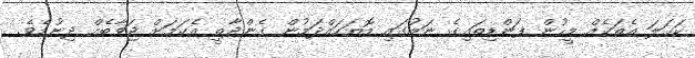
ކަހަލަ އެތަކެއް މީހުން ފަންޑިތައިގެ ނަމުގައި މޮޔަހައްދަމުން ގެންދާތީ އެކަމަށް ޖަވާބެއް ދިނުމެވެ.